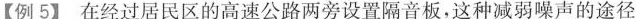
【例5】在经过居民区的高速公路两旁设置隔音板，这种减弱噪声的途径